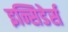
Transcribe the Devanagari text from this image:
इन्सिडेर्स